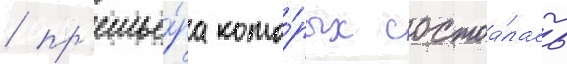
/ пр'емье́ра кото́рых состоа́лась